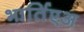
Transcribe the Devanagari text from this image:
भार्तिएअ